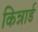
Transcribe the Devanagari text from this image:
किन्नार्ड